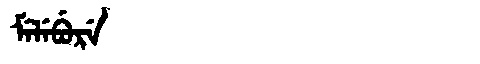
Manchu: ᠮᡝᠯᡝᠪᡠᡵᡝ
Romanization: MELEBURE